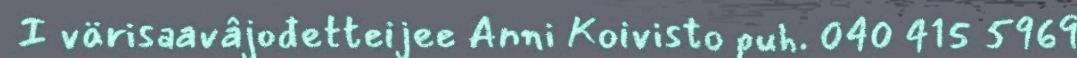
I värisaavâjođetteijee Anni Koivisto puh. 040 415 5969